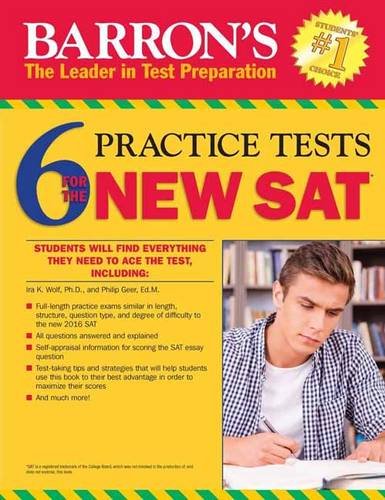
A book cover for Barron's 6 Practice Tests for the NEW SAT, 2nd Edition; Philip Geer Ed.M.; Test Preparation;